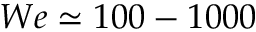
W e \simeq 1 0 0 - 1 0 0 0